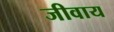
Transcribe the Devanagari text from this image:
जीवाय